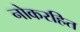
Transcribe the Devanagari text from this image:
नोकरहित